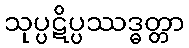
သုပ္ပဋိပ္ပဿဒ္ဓတ္တာ